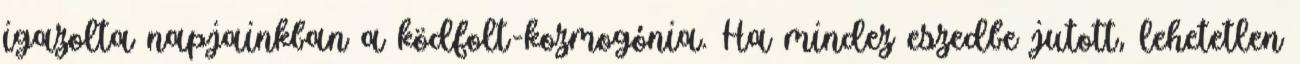
igazolta napjainkban a ködfolt-kozmogónia. Ha mindez eszedbe jutott, lehetetlen